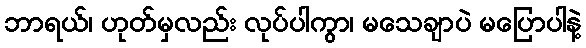
ဘာရယ်၊ ဟုတ်မှလည်း လုပ်ပါကွာ၊ မသေချာပဲ မပြောပါနဲ့